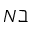
N \beth